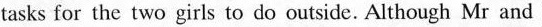
tasks for the two girls to do outside. Although Mr and